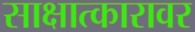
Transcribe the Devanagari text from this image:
साक्षात्कारावर